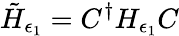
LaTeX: \tilde{H}_{\epsilon_{1}}=C^{\dagger}H_{\epsilon_{1}}C